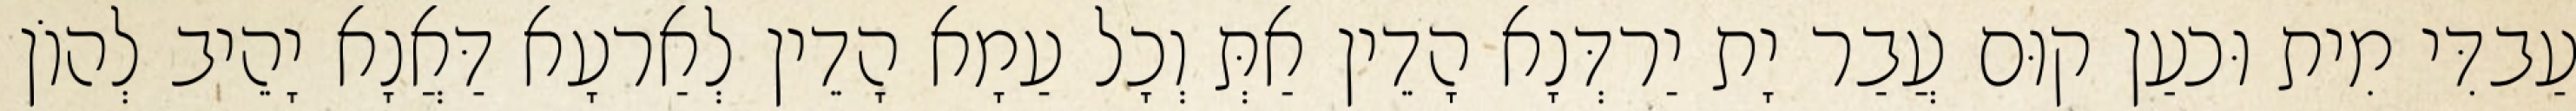
עַבדִּי מִית וּכעַן קוּם עֲבַר יָת יַרדְּנָא הָדֵין אַתְּ וְכָל עַמָא הָדֵין לְאַרעָא דַּאֲנָא יָהֵיב לְהוֹן